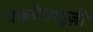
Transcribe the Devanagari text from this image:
चकवेताद्ज़ी